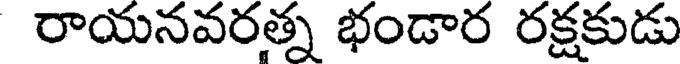
రాయనవరత్న భండార రక్షకుడు